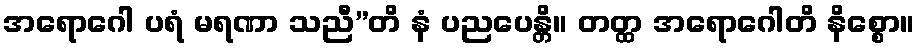
အရောဂေါ ပရံ မရဏာ သညီ”တိ နံ ပညပေန္တိ။ တတ္ထ အရောဂေါတိ နိစ္စော။